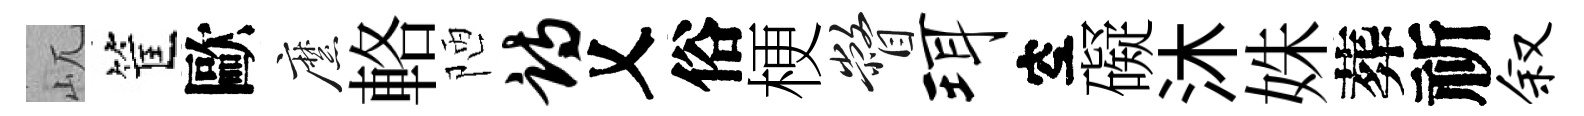
屼筐歐縻輅陋诗乂俗梗瞥珥空礙沐姝葬祈叙